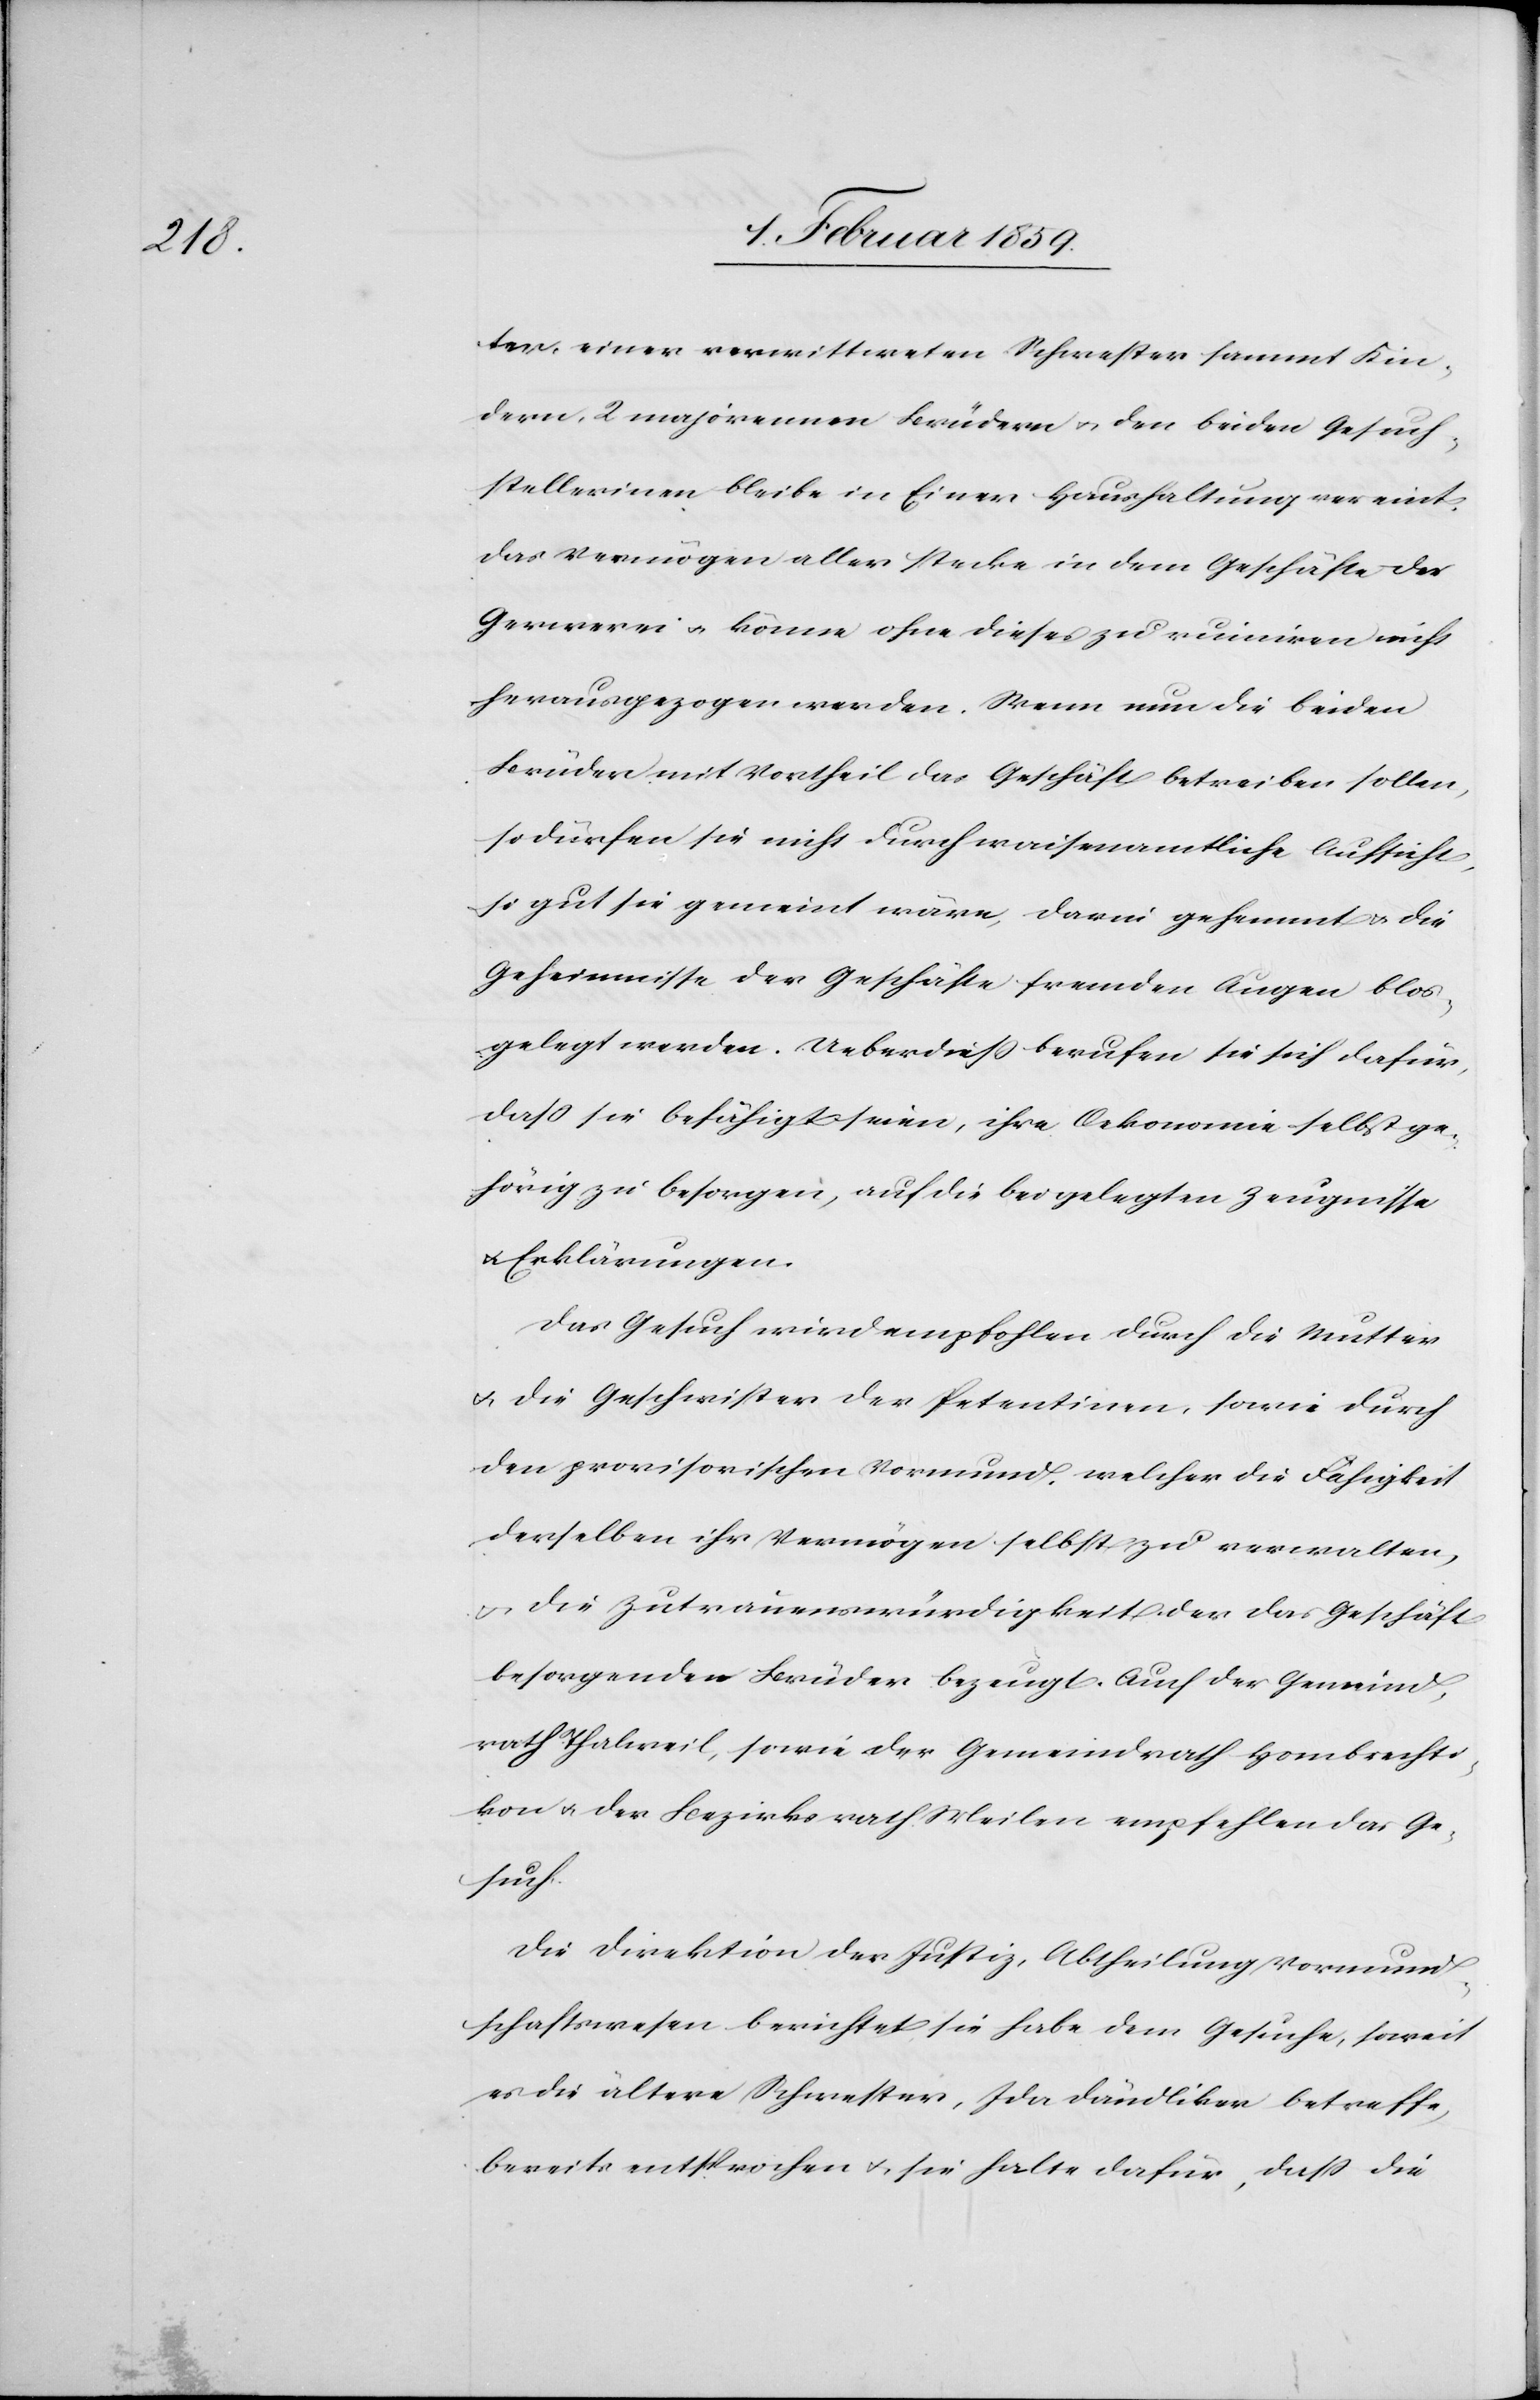
ter, einer verwittweten Schwester sammt Kin¬
dern, 2 majorennen Brüdern u. den beiden Gesuch¬
stellerinen bleibe in Einer Haushaltung vereint.
Das Vermögen aller stecke in dem Geschäfte der
Gerwerei u. könne ohne dieses zu ruinieren nicht
herausgezogen werden. Wenn nun die beiden
Brüder mit Vortheil das Geschäft betreiben sollen,
so dürfen sie nicht durch waisenamtliche Aufsicht,
so gut sie gemeint wäre, darin gehemmt u. die
Geheimnisse der Geschäfte fremden Augen blos¬
gelegt werden. Ueberdieß berufen sie sich dafür,
daß sie befähigt seien, ihre Oekonomie selbst ge¬
hörig zu besorgen, auf die beigelegten Zeugnisse
u. Erklärungen.
Das Gesuch wird empfohlen durch die Mutter
u. die Geschwister der Petentinen, sowie durch
den provisorischen Vormund, welcher die Fähigkeit
derselben ihr Vermögen selbst zu verwalten,
u. die Zutrauenswürdigkeit der das Geschäft
besorgenden Brüder bezeugt. Auch der Gemeind¬
rath Thalweil, sowie der Gemeindrath Hombrechti¬
kon u. der Bezirksrath Meilen empfehlen das Ge¬
such.
Die Direktion der Justiz, Abtheilung Vormund¬
schaftswesen berichtet, sie habe dem Gesuche, soweit
es die ältere Schwester, Ida Dändliker betreffe,
bereits entsprochen u. sie halte dafür daß die